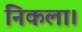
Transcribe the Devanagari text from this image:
निकला।